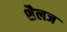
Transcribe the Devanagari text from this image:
शैलज